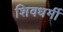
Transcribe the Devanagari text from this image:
शिवधर्मी